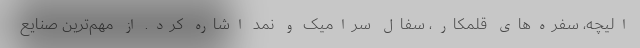
الیچه، سفره‌های قلمکار، سفال سرامیک و نمد اشاره کرد. از مهم‌ترین صنایع